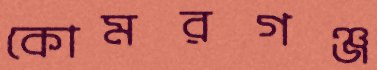
কোমরগঞ্জ